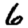
Digit: 6